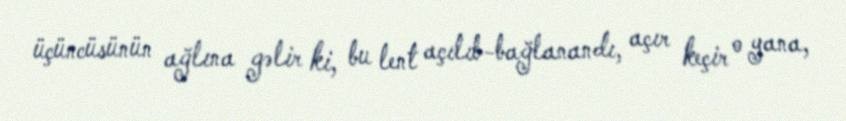
üçüncüsünün ağlına gəlir ki, bu lent açılıb-bağlanandı, açır keçir o yana,